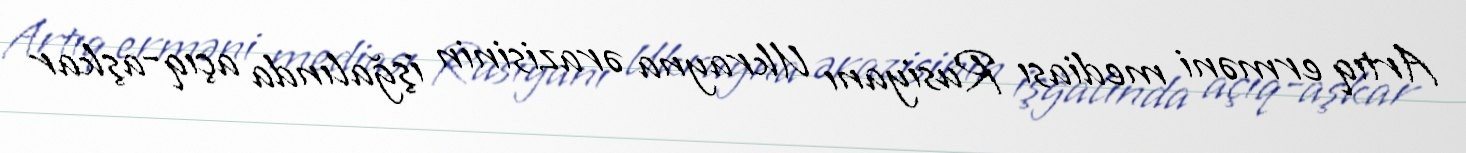
Artıq erməni mediası Rusiyanı Ukrayna ərazisinin işğalında açıq-aşkar